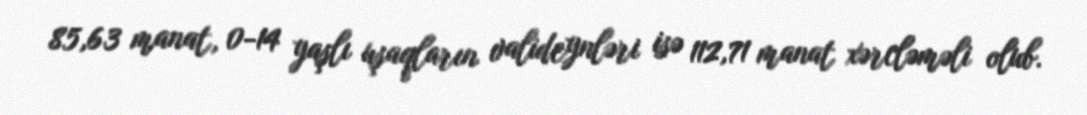
85,63 manat, 0-14 yaşlı uşaqların valideynləri isə 112,71 manat xərcləməli olub.